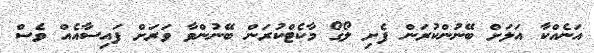
އަނެއްކާ އަލަށް ބޭނުންކުރަން ފެށި ލޯގޯ މާކެޓްކުރަން ބޭނުންވާ ވަރަށް ފައިސާއެއް ވެސް